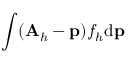
\int ( { \mathbf A } _ { h } - { \mathbf p } ) f _ { h } \mathrm { d } { \mathbf p }